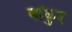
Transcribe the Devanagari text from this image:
वांकुर